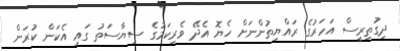
ދިގުތިރީސް އަހަރުގެ ރައްޔިތުންނަށް ހެޔޮ އެދޭ ވެރިކަމުގެ ސިޔާސަތު ގައި އެކަން ކުރަން